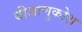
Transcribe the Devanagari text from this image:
बीजाणुकोश